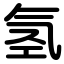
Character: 氢